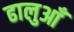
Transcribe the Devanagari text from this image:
ढालुआँ